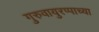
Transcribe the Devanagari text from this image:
गुरुवायुरप्पाच्या